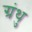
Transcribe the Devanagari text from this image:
ग्रंथु